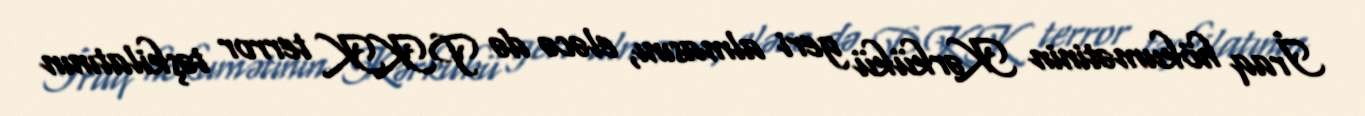
İraq hökumətinin Kərkükü geri almasını, eləcə də PKK terror təşkilatının